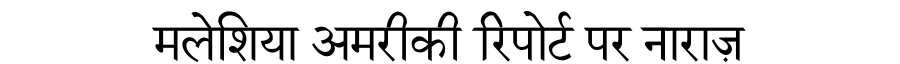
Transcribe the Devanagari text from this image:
मलेशिया अमरीकी रिपोर्ट पर नाराज़